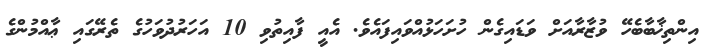
އިންތިޚާބާބެހޭ ވުޒާރާއަށް ވަޑައިގެން ހުށަހަޅުއްވައިފައެވެ. އެއީ ފާއިތުވި 10 އަހަރުދުވަހުގެ ތެރޭގައި ޢާއްމުންގެ